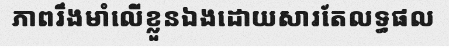
ភាពរឹងមាំលើខ្លួនឯងដោយសារតែលទ្ធផល